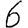
Digit: 6